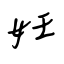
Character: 妊